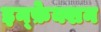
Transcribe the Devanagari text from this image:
इन्फ़ेक्शन